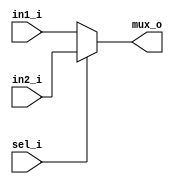
// Name: mux2_to_1.v
//
// Description: Simple mux

module mux2_to_1 #(
  parameter Width = 8
) (
  input  [Width-1:0] in1_i,
  input  [Width-1:0] in2_i,
  input              sel_i,
  output [Width-1:0] mux_o
);

  assign mux_o = sel_i ? in2_i : in1_i;

endmodule